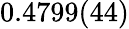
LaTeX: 0.4799(44)